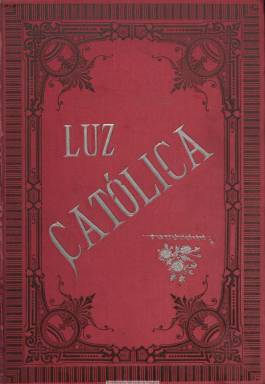
Título: Luz católica
Colección: Religión
Ámbito geográfico: Valencia
Lugar de publicación: Valencia
Fechas: 04/01/1900-05/02/1903

Publicación valenciana fundada y dirigida por el presbítero José Domingo María Pascual Corbató Chillida (1862-1913), quién a la edad de doce años se había alistado a las tropas carlistas y, tras abandonar el hábito dominico que profesara hasta 1888, el entonces arzobispo Antonio Monescillo (1811-1897) le había confiado una capellanía en Valencia, ciudad en la que empezó a colaborar en varias publicaciones, entre estas El valenciano (1893). Como publicista controvertido y acérrimo defensor del integrismo españolista más absoluto, fue encarcelado y enclaustrado y, en 1894, se había exiliado a París a causa de uno de sus artículos. Tras beneficiarse de un indulto general y regresar de nuevo a Valencia, publica el primer número de este “semanario crítico de religión, ciencias y españolismo”, el uno de octubre de 1900, apareciendo a partir de entonces cada jueves en entregas de dieciséis páginas.

Según su artículo de presentación, su objetivo era enseñar las relaciones del evangelio con las ciencias experimentales, con el fin de “argüir de falsedades no pocas teorías de los sabios a la moderna”. En su semanario, Corbató defenderá la incompatibilidad absoluta entre catolicismo y liberalismo, siguiendo a Balmes y Donoso; echará en falta a un tradicionalista como Antonio Aparisi Guijarro (1815-1872) y, como prófugo del carlismo oficial, acusará de traidores a los carlistas vendidos a la “causa alfonsina”. Aunque presumirá de no haber pertenecido jamás a partido político alguno, además de desear la “muerte de todos los partidos, como quiere la Tradición de las Españas y como aconseja la Religión”; desde su visión de un  integrismo católico españolista mesiánico, creará también las Milicias de la Cruz, como orden religioso-militar que fue reconocida por el propio arzobispo Monescillo. En este sentido llegó a escribir que “los españolistas son tantos, que pueden formar hoy un ejército imponente, irresistible, avasallador, el cual, aun respetando dinastías, puede derrocar constituciones y gobiernos”.

Aunque a Corbató se le considera el símbolo del mayor desencuentro entre carlismo y jerarquía católica, su bandera seguirá siendo la de “Dios, patria y rey”, la de una España de monarquía católica tradicional. Las páginas de su revista están dedicadas íntegramente a la publicación de sus artículos doctrinales, de dogmática eclesiástica, apologéticos y políticos. En la entrega del 24 de diciembre de 1901, inserta un índice general por materias de los números publicados en 1900 y 1901, y en la del cinco de febrero de 1903, el índice de 1902 y 1903. Los distribuye en epígrafes como “De re católica”, de controversias, cuestiones providencialistas y político-sociales, de piedad e impiedad, movimiento de los católicos, órdenes religiosas, predicciones y profecías o cuestiones de carlismo. Inserta también una sección de miscelánea y otra de bibliografía, y publica una biografía del predicador dominico italiano Girolamo Savonarola (1452-1498) y una serie de artículos sobre el “Gran monarca”. Muchos de sus artículos los recopilará en monografías que edita la Biblioteca Españolista, que también funda. Además de con su propio nombre, Corbató utiliza para rubricar sus textos la inicial de su apellido (C), así como los seudónimos Carlos María Negón, Carlos Duquedene o Inmunelde.

Luz católica, publicará su último número el cinco de febrero de 1903. A parir de uno de octubre de ese año, Corbató inicia la publicación de La señal de la victoria, “semanario crítico de religión, ciencias y política”, como órgano de la Milicia de la Cruz y con aprobación eclesiástica, hasta que, desautorizado por el arzobispo de Valencia, publica su último número el siete de febrero de 1907. También fundará la revista Tradición y progreso (Benimamet: 1912-1914). Ninguna de estas publicaciones las incluye Navarro Cabanes (1917) en su trabajo sobre la prensa carlista, pero si son referenciadas por Jaime del Burgo (1978).